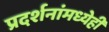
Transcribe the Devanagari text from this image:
प्रदर्शनांमध्येही